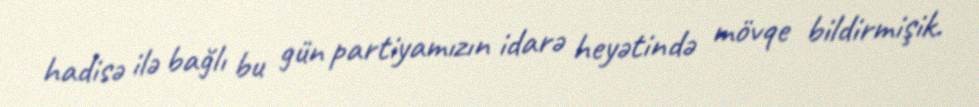
hadisə ilə bağlı bu gün partiyamızın idarə heyətində mövqe bildirmişik.